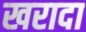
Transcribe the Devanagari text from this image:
खरादा